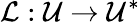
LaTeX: \mathcal{L}:\mathcal{U}\to\mathcal{U}^{*}